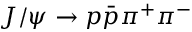
J / \psi \to p \bar { p } \pi ^ { + } \pi ^ { - }